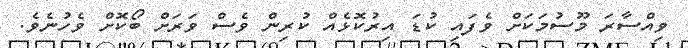
ވިއްސާރަ މޫސުމަކަށް ވެފައި ކުޑަ އިރުކޮޅެއް ކުރިން ވެސް ވަރަށް ބޯކޮށް ވެހުނެވެ.